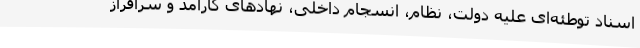
اسناد توطئه‌ای علیه دولت، نظام، انسجام داخلی، نهادهای کارآمد و سرافراز